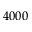
4 0 0 0